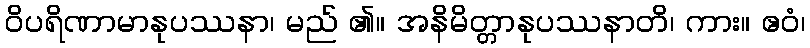
ဝိပရိဏာမာနုပဿနာ၊ မည် ၏။ အနိမိတ္တာနုပဿနာတိ၊ ကား။ ဧဝံ၊